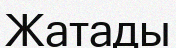
Жатады